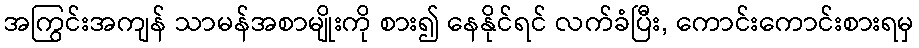
အကြွင်းအကျန် သာမန်အစာမျိုးကို စား၍ နေနိုင်ရင် လက်ခံပြီး, ကောင်းကောင်းစားရမှ